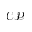
\mathcal { C P }